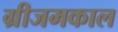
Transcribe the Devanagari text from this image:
ग्रीजमकाल